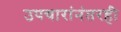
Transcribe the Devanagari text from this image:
उपचारांनंतरही